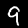
Label: 9